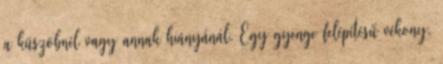
a küszöbnél vagy annak hiányánál. Egy gyenge felépítésű vékony,